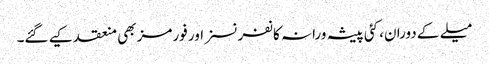
میلے کے دوران، کئی پیشہ ورانہ کانفرنسز اور فورمز بھی منعقد کیے گئے۔